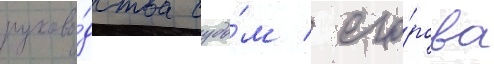
руково́дства судо́м / его́рова